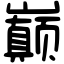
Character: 巅